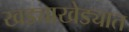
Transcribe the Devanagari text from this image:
खड्याखेड्यात